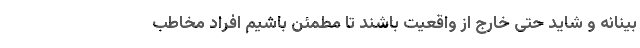
‌بینانه و شاید حتی خارج از واقعیت باشند تا مطمئن باشیم افراد مخاطب